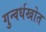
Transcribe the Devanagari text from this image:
गुन्वर्धखोत